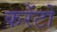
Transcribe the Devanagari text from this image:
करेंटों